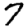
Digit: 7